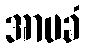
အာမခံ